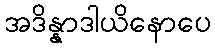
အဒိန္နာဒါယိနောပေ